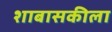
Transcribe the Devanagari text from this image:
शाबासकीला